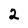
Character: 2